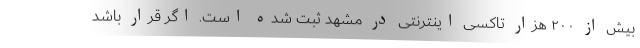
بیش از ۲۰۰ هزار تاکسی اینترنتی در مشهد ثبت شده است. اگر قرار باشد